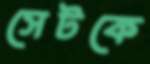
সেটকে